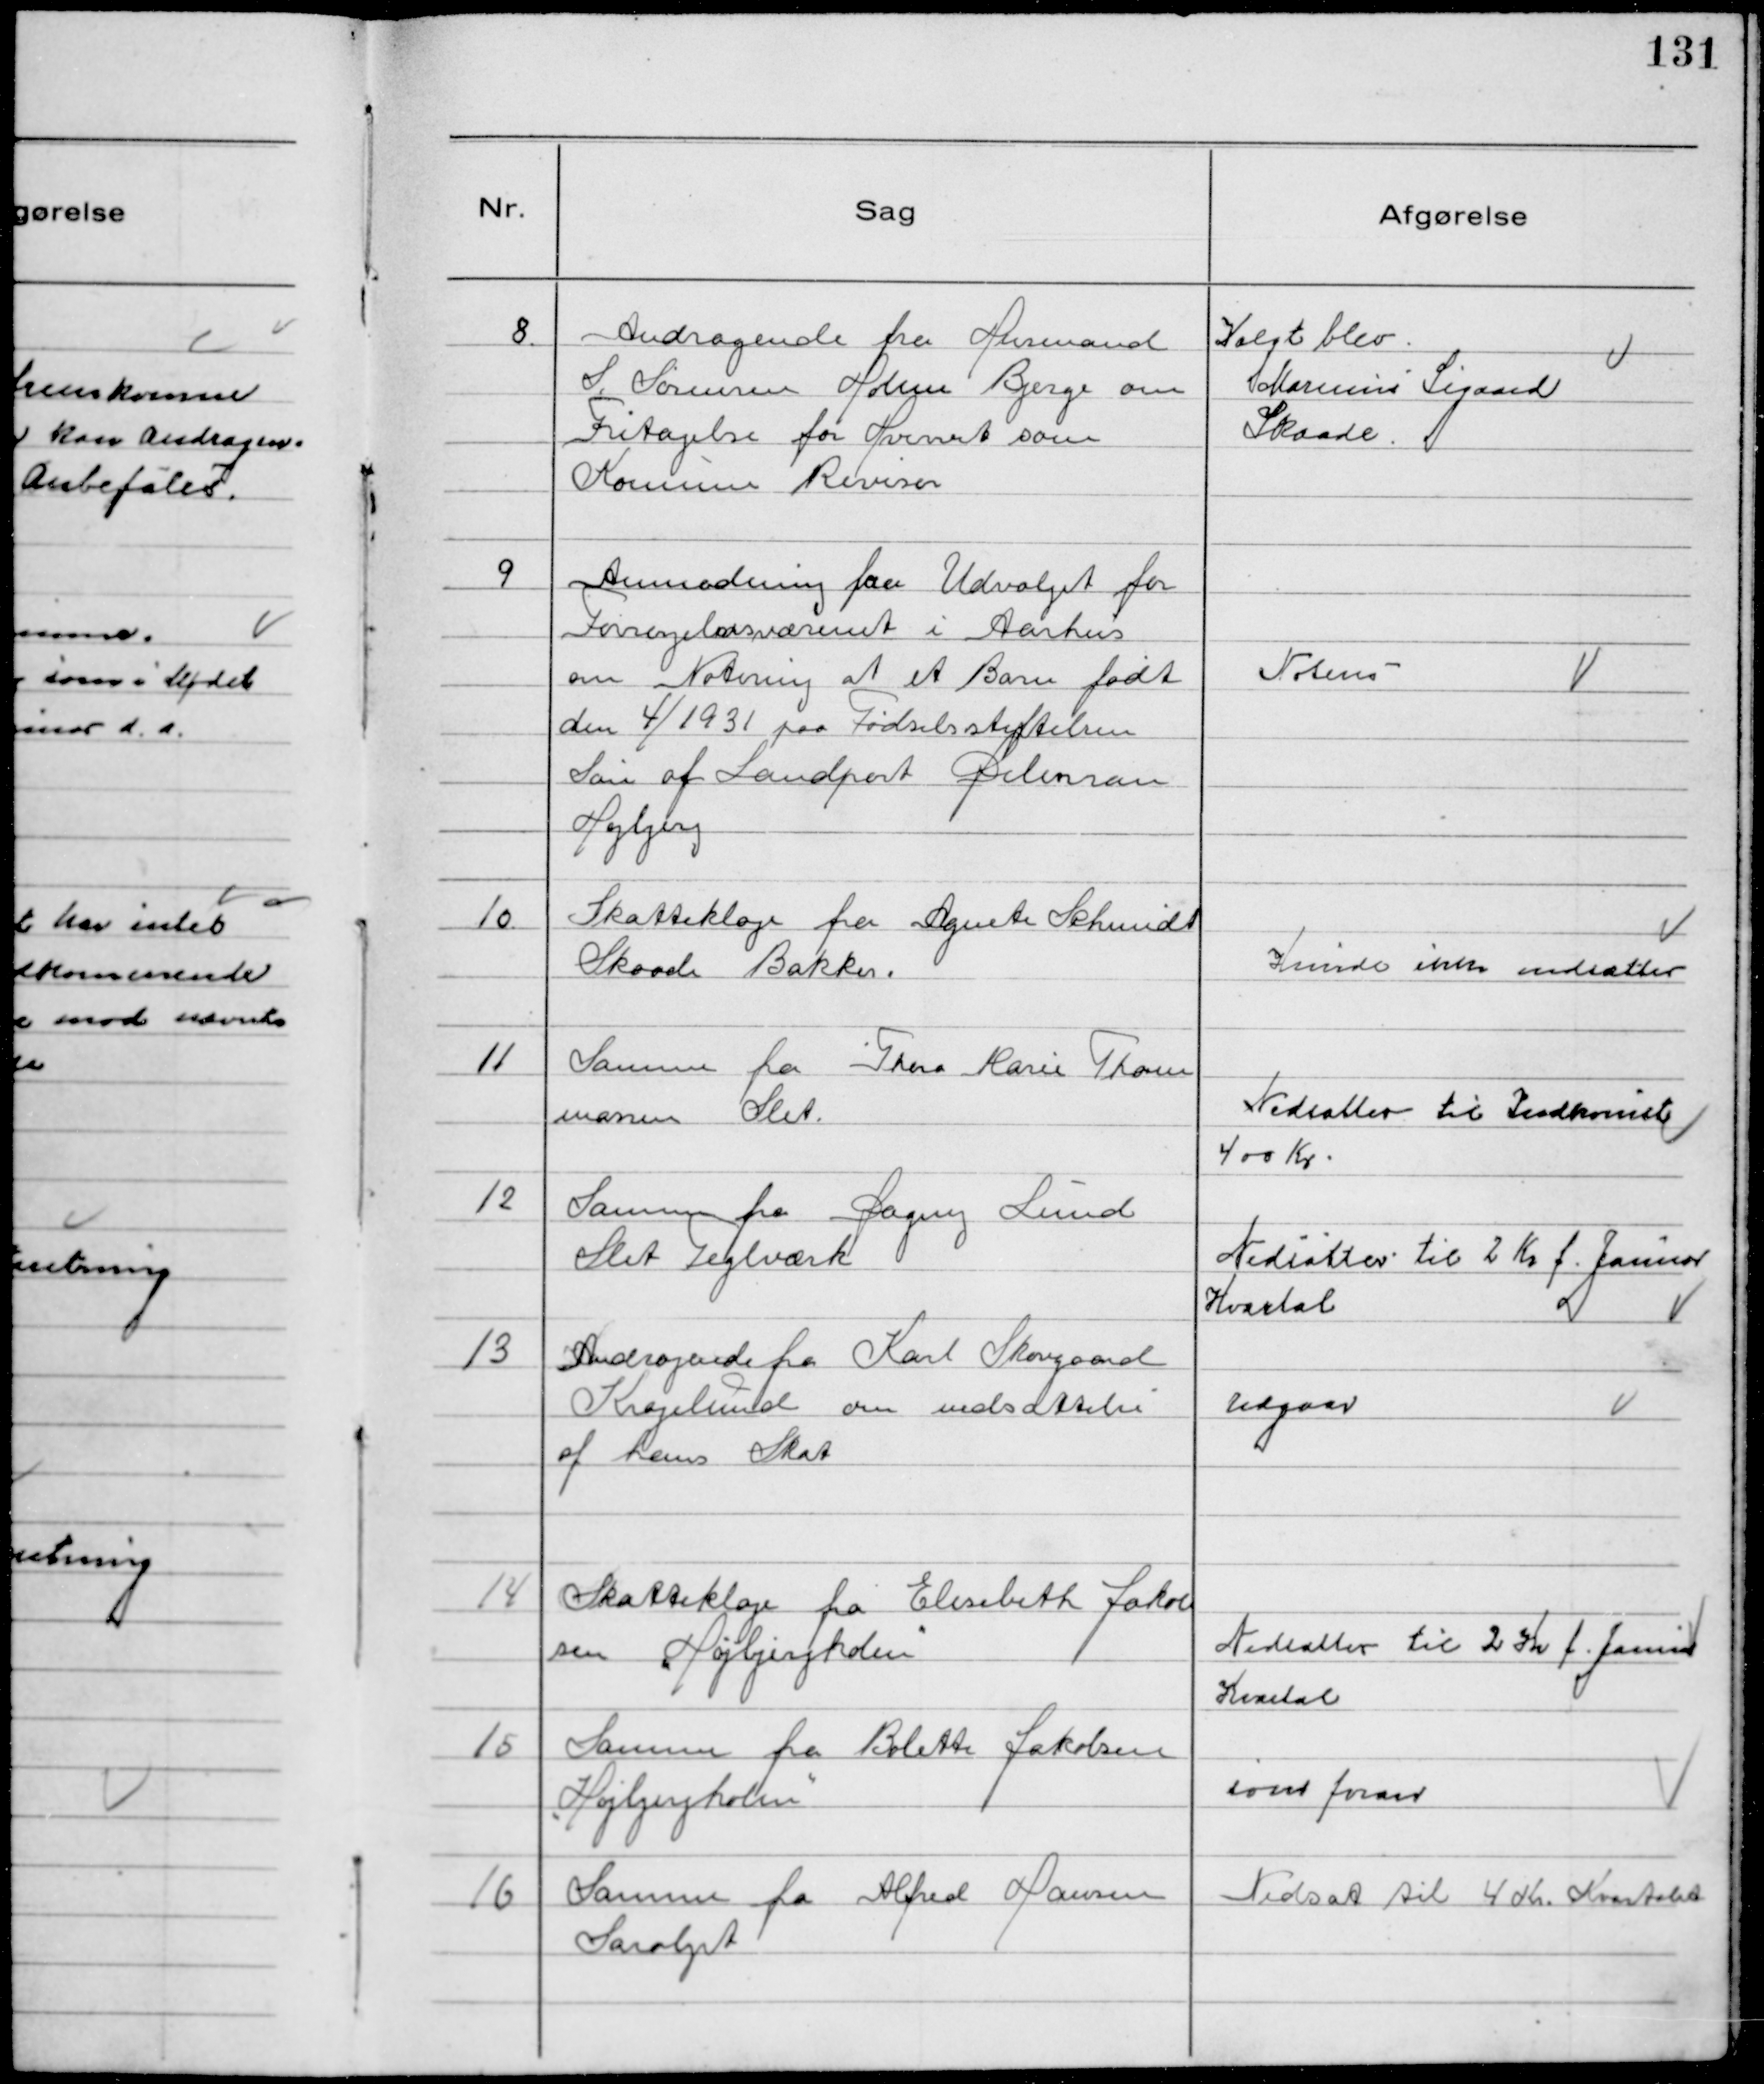
Transskription:
8.
Andragende fra Husmand
S. Sørensen Holme Bjerge om
Fritagelse for Hvervet som
Kommune Revisor

Valgt blev
Marinus Sigaard
Skaade.

9
Anmodning fra Udvalget for
Forsørgelsesvæsenet i Aarhus
om Notering af et Barn født
den 4/1931 paa Fødselsstiftelsen
Søn af Landpost Delurran
Højbjerg

Noteres

10.
Skatteklage fra Agnete Schmidt
Skaade Bakker.

Kunde ikke nedsættes

11
Samme fra Thora Marie Thom
massen Slet.

Nedsætter til Indkomst
400 Kr.

12
Samme fra Dagny Lund
Slet Teglværk

Nedsætter til 2 Kr f. Januar
Kvartal

13
Andragende fra Karl Skovgaard
Kragelund om nedsættelse
af hans Skat

Udgaar

14
Skatteklage fra Elisabeth Jakob
sen "Højbjergholm"

Nedsætter til 2 Kr f. Januar
Kvartal

15
Samme fra Bolette Jakobsen
"Højbjergholm"

som foran

16
Samme fra Alfred Hansen
Saralyst

Nedsat til 4 Kr. Kvartalet